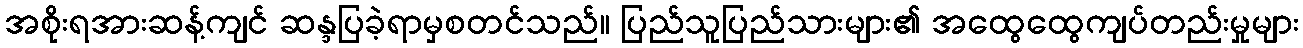
အစိုးရအားဆန့်ကျင် ဆန္ဒပြခဲ့ရာမှစတင်သည်။ ပြည်သူပြည်သားများ၏ အထွေထွေကျပ်တည်းမှုများ